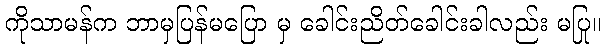
ကိုသာမန်က ဘာမှပြန်မပြော မှ ခေါင်းညိတ်ခေါင်းခါလည်း မပြု။